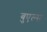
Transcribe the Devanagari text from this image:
बुएल्स